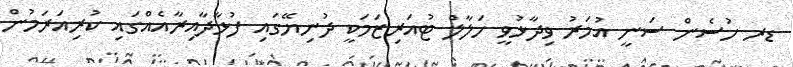
ޑރ ހުސެން ސަނީ އުމަރު ވިދާޅުވީ ހަލާލް ޓުއަރިޒަމަކީ ދުނިޔޭގައި ފުޅާދާއިރާއެއްގައި ކުރިއަރަމުން